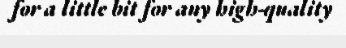
for a little bit for any high-quality